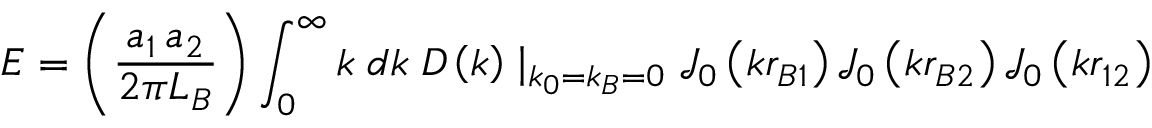
E = \left( { \frac { a _ { 1 } \, a _ { 2 } } { 2 \pi L _ { B } } } \right) \int _ { 0 } ^ { \infty } { k \; d k \; } D \left( k \right) \mid _ { k _ { 0 } = k _ { B } = 0 } { \mathcal { J } } _ { 0 } \left( k r _ { B 1 } \right) { \mathcal { J } } _ { 0 } \left( k r _ { B 2 } \right) { \mathcal { J } } _ { 0 } \left( k r _ { 1 2 } \right)